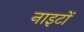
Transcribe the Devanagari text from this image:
नाइटों